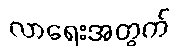
လာရေးအတွက်